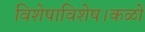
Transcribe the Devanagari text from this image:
विशेषाविशेष।कळों